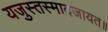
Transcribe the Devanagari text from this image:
यजुस्तस्मादजायत॥